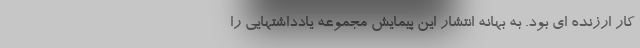
کار ارزنده ای بود. به بهانه انتشار این پیمایش مجموعه یادداشتهایی را